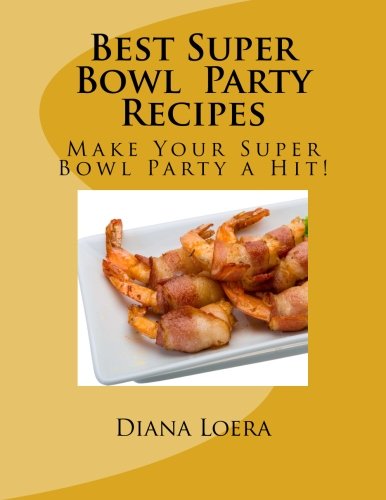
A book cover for Best Super Bowl Party Recipes: Make Your Super Bowl Party a Hit!; Diana Loera; Cookbooks, Food & Wine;